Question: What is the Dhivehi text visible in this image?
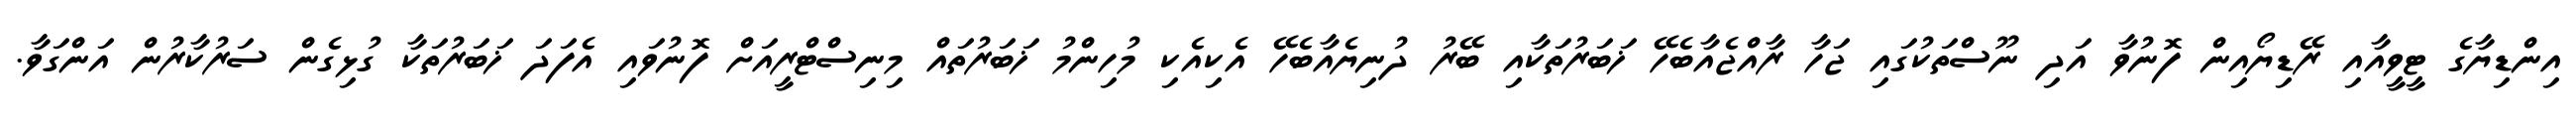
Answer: އިންޑިޔާގެ ޓީވީއާއި ރޭޑިޔޯއިން ފޮނުވާ އަދި ނޫސްތަކުގައި ޖަހާ ރާއްޖެއާބެހޭ ޚަބަރުތަކާއި ބޭރު ދުނިޔެއާބެހޭ އެކިއެކި މުހިންމު ޚަބަރުތައް މިނިސްޓްރީއަށް ފޮނުވައި އެފަދަ ޚަބަރުތަކާ ގުޅިގެން ސަރުކާރުން އަންގަވާ.